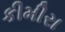
કીમીરા